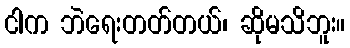
ငါက ဘဲရေးတတ်တယ်၊ ဆိုမသိဘူး။